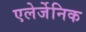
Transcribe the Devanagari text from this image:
एलेर्जेनिक